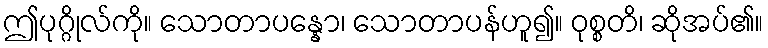
ဤပုဂ္ဂိုလ်ကို။ သောတာပန္နော၊ သောတာပန်ဟူ၍။ ဝုစ္စတိ၊ ဆိုအပ်၏။